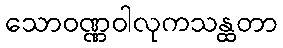
သောဝဏ္ဏဝါလုကသန္ထတာ